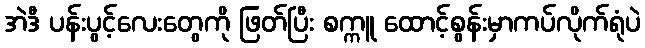
အဲဒီ ပန်းပွင့်လေးတွေကို ဖြတ်ပြီး စက္ကူ ထောင့်စွန်းမှာကပ်လိုက်ရုံပဲ